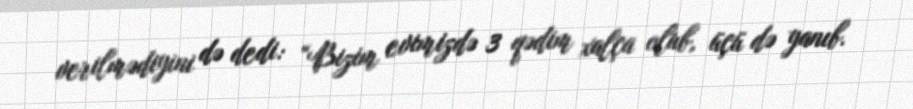
verilmədiyini də dedi: “Bizim evimizdə 3 qədim xalça olub, üçü də yanıb.